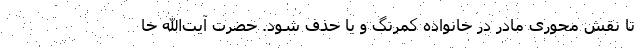
تا نقش محوری مادر در خانواده کمرنگ و یا حذف شود. حضرت آیت‌الله خا